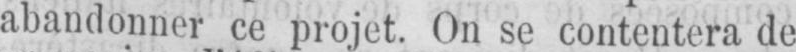
abandonner ce projet. On se contentera de